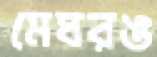
মেঘরঙ